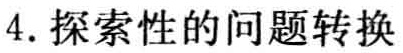
4. 探索性的问题转换